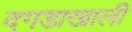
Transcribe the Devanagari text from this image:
दगडाखाली